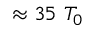
\approx 3 5 ~ T _ { 0 }